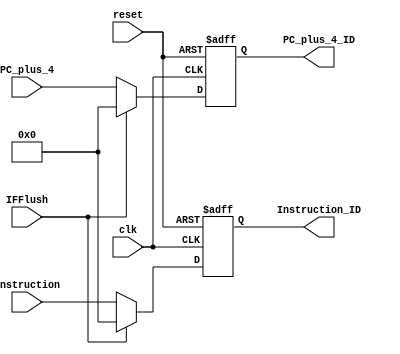
//
module regIFID(clk, reset, IFFlush, PC_plus_4, Instruction, PC_plus_4_ID, Instruction_ID);
	input clk,reset,IFFlush;
 	input [31:0] PC_plus_4;
 	input [31:0] Instruction;
 	output reg [31:0] PC_plus_4_ID;
 	output reg [31:0] Instruction_ID;
 	always @(negedge reset  or posedge clk)
	begin
		if (~reset)
		  begin
			PC_plus_4_ID <= 32'h0;
			Instruction_ID <= 0;
			end
		else if(IFFlush)
		begin
			PC_plus_4_ID <= 32'h0;
			Instruction_ID <= 0;
		end
		else begin
			PC_plus_4_ID <= PC_plus_4;
			Instruction_ID <= Instruction;
		end
	end
 endmodule // regIFID

//read_data1, read_data2
module regIDEX(reset,clk,PC_plus_4_ID, PCSrc, RegWrite, MemRead, MemWrite, MemtoReg, 
	ALUFun, Sign, ALUSrc1, ALUSrc2, Instruction, EXFlush, 
	Databus1, Databus2, Lu_out, Branch_target, RegDst,
	PCSrc_EX, RegWrite_EX, MemRead_EX, MemWrite_EX, MemtoReg_EX, 
	ALUFun_EX, Sign_EX, PC_plus_4_EX, inA_EX, inB_EX, 
	ALUSrc1_EX, ALUSrc2_EX, Instruction_EX,
	Databus1_EX, Databus2_EX, Lu_out_EX, Branch_target_EX, RegDst_EX);
	input reset,clk;
	input [31:0] PC_plus_4_ID, Instruction, Databus1, Databus2, Lu_out, Branch_target;
	input [2:0] PCSrc;
	input [1:0] RegDst;
	input EXFlush;
	input RegWrite;
	input MemRead;
	input MemWrite;
	input [1:0] MemtoReg;
	input ALUSrc1,ALUSrc2;
	input [5:0] ALUFun;
	input Sign;
	output reg [2:0] PCSrc_EX;
	output reg RegWrite_EX;
	output reg MemRead_EX;
	output reg MemWrite_EX;
	output reg [1:0] MemtoReg_EX;
	output reg [5:0] ALUFun_EX;
	output reg Sign_EX;
	output reg [31:0] PC_plus_4_EX,Instruction_EX, Databus1_EX,Databus2_EX, Lu_out_EX, Branch_target_EX,inA_EX,inB_EX;
	output reg [1:0] RegDst_EX;
	output reg ALUSrc1_EX,ALUSrc2_EX;

	always @(negedge reset or posedge clk)
	begin
		if (~reset)
		begin
			PC_plus_4_EX <= 32'h0;
			PCSrc_EX <= 3'b0;
			RegWrite_EX <= 0;
			MemRead_EX <= 0;
			MemWrite_EX <= 0;
			MemtoReg_EX <= 0;
			ALUFun_EX <= 0;
			Sign_EX <= 0;
			Lu_out_EX <= 0;
			Branch_target_EX <= 0;
			Instruction_EX <= 0;
			Databus1_EX <= 0;
			Databus2_EX <= 0;
			RegDst_EX <= 0;
			ALUSrc1_EX<=0;
			ALUSrc2_EX<=0;
		end
		else if(EXFlush)
		begin
			PC_plus_4_EX <= 32'h0;
			PCSrc_EX <= 3'b0;
			RegWrite_EX <= 0;
			MemRead_EX <= 0;
			MemWrite_EX <= 0;
			MemtoReg_EX <= 0;
			ALUFun_EX <= 0;
			Sign_EX <= 0;
			Lu_out_EX <= 0;
			Branch_target_EX <= 0;
			Instruction_EX <= 0;
			Databus1_EX <= 0;
			Databus2_EX <= 0;
			RegDst_EX <= 0;
			ALUSrc1_EX<=0;
			ALUSrc2_EX<=0;
		end
		else 
		begin
			PC_plus_4_EX <= PC_plus_4_ID;
			PCSrc_EX <= PCSrc;
			Instruction_EX <= Instruction;
			RegWrite_EX <= RegWrite;
			MemRead_EX <= MemRead;
			MemWrite_EX <= MemWrite;
			MemtoReg_EX <= MemtoReg;
			ALUFun_EX <= ALUFun;
			Sign_EX <= Sign;
			Lu_out_EX <= Lu_out;
			Branch_target_EX <= Branch_target;
			Databus1_EX <= Databus1;
			Databus2_EX <= Databus2;
			RegDst_EX <= RegDst;
			ALUSrc1_EX<=ALUSrc1;
			ALUSrc2_EX<=ALUSrc2;
		end
	end
endmodule // regIDEX

module regEXMEM(reset,clk,Instruction, outZ, Databus1, Databus2, PC_plus_4_EX, PCSrc_EX, RegWrite_EX, 
	MemRead_EX, MemWrite_EX, MemtoReg_EX, Write_register_EX,Branch_target,
	Instruction_MEM, outZ_MEM, Databus1_MEM, Databus2_MEM, PCSrc_MEM, RegWrite_MEM, MemRead_MEM,
	MemWrite_MEM, MemtoReg_MEM, PC_plus_4_MEM, Write_register_MEM,
	Branch_target_MEM);
	input reset,clk;
	input [31:0] Instruction, outZ, Databus1, Databus2,Branch_target;
	input [31:0] PC_plus_4_EX;
	input [2:0] PCSrc_EX;
	input RegWrite_EX;
	input MemRead_EX;
	input MemWrite_EX;
	input [1:0] MemtoReg_EX;
	input [1:0] Write_register_EX;
	output reg [31:0] Instruction_MEM, outZ_MEM, Databus1_MEM,Databus2_MEM,Branch_target_MEM;
	output reg [2:0] PCSrc_MEM;
	output reg RegWrite_MEM;
	output reg MemRead_MEM;
	output reg MemWrite_MEM;
	output reg [1:0] MemtoReg_MEM;
	output reg [31:0] PC_plus_4_MEM;
	output reg [1:0] Write_register_MEM;
	always @(negedge reset or posedge clk)
	begin
		if (~reset)
		begin
			Branch_target_MEM <= 0;
			Instruction_MEM <= 0;
			outZ_MEM <= 0;
			Databus1_MEM <= 0;
			Databus2_MEM <= 0;
			PCSrc_MEM <= 0;
			RegWrite_MEM <= 0;
			MemRead_MEM <= 0;
			MemWrite_MEM <= 0;
			MemtoReg_MEM <= 0;
			PC_plus_4_MEM <= 0;
			Write_register_MEM <= 0;
		end
		else 
		begin
			Branch_target_MEM <= Branch_target;
			Instruction_MEM <= Instruction;
			outZ_MEM <= outZ;
			Databus1_MEM <= Databus1;
			Databus2_MEM <= Databus2;
			PCSrc_MEM <= PCSrc_EX;
			RegWrite_MEM <= RegWrite_EX;
			MemRead_MEM <= MemRead_EX;
			MemWrite_MEM <= MemWrite_EX;
			MemtoReg_MEM <= MemtoReg_EX;
			PC_plus_4_MEM <= PC_plus_4_EX;
			Write_register_MEM <= Write_register_EX;
		end
	end
endmodule // regEXMEM

module regMEMWB(reset,clk,PC_plus_4_MEM, RegWrite_MEM, MemtoReg_MEM, Write_register_MEM, Instruction_MEM,
	Read_Data, outZ, IRQ,
	RegWrite_WB, MemtoReg_WB, PC_plus_4_WB, Write_register_WB,Instruction_WB,
	Read_Data_WB, outZ_WB);
	input reset,clk;
	input IRQ;
	input [31:0] PC_plus_4_MEM, Read_Data,outZ,Instruction_MEM;
	input RegWrite_MEM;
	input [1:0] MemtoReg_MEM;
	input [1:0] Write_register_MEM;
	output reg RegWrite_WB;
	output reg [1:0] MemtoReg_WB;
	output reg [31:0] PC_plus_4_WB, Read_Data_WB,outZ_WB,Instruction_WB;
	output reg [1:0] Write_register_WB;
	always @(negedge reset or posedge clk)
	begin
		if (~reset)
		begin
			Read_Data_WB <= 0;
			RegWrite_WB <= 0;
			MemtoReg_WB <= 0;
			PC_plus_4_WB <= 0;
			Write_register_WB <= 0;
			outZ_WB <=0;
			Instruction_WB<=0;
		end
		else 
		begin
			Read_Data_WB <= Read_Data;
			RegWrite_WB <= RegWrite_MEM;
			MemtoReg_WB <= MemtoReg_MEM;
			PC_plus_4_WB <= PC_plus_4_MEM;
			Write_register_WB <= Write_register_MEM;
			outZ_WB <=outZ;
			Instruction_WB<=Instruction_MEM;
		end
	end
endmodule // regMEMWB